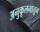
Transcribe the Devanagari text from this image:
अनुकूलनातून